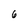
Character: 6